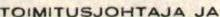
TOIMITUSJOHTAJA JA